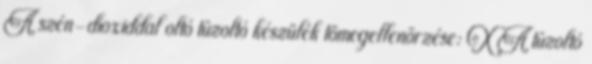
A szén-dioxiddal oltó tûzoltó készülék tömegellenõrzése: X A tûzoltó